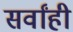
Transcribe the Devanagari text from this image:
सर्वांही